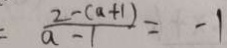
= \frac { 2 - ( a + 1 ) } { a - 1 } = - 1